Annual report of the Punjab Veterinary College and of the Civil Veterinary Department, Punjab - 1926-1932
Year: 1926
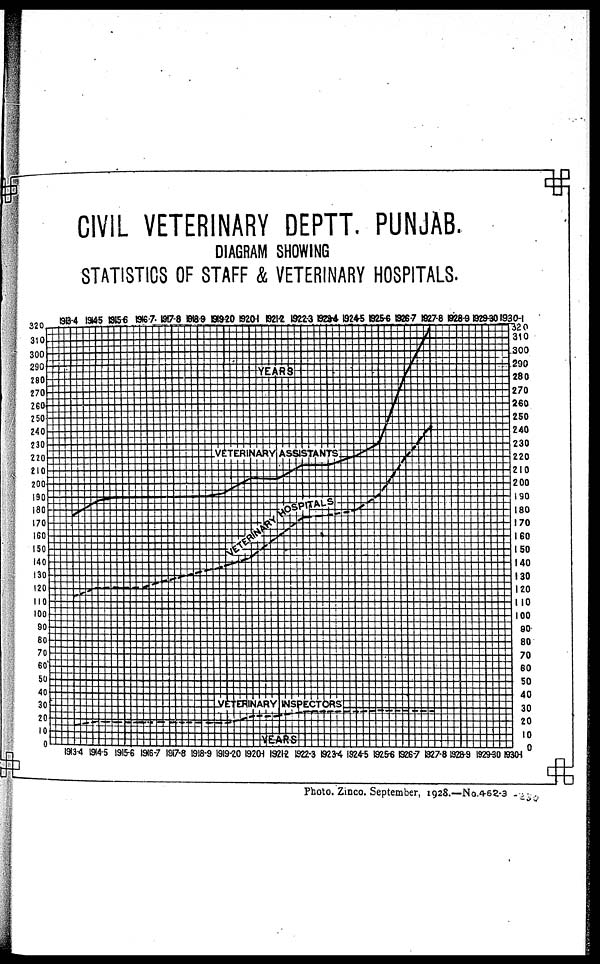
CIVIL VETERINARY DEPTT. PUNJAB.
DIAGRAM SHOWING
STATISTICS OF STAFF & VETERINARY HOSPITALS.
Photo. Zinco. September, 1928.—No.462-3